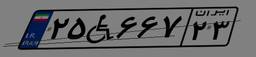
۲۵W۶۶۷۲۳